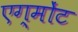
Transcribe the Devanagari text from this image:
एग्मोंट